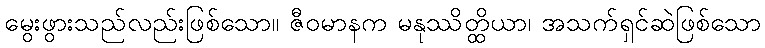
မွေးဖွားသည်လည်းဖြစ်သော။ ဇီဝမာနက မနုဿိတ္ထိယာ၊ အသက်ရှင်ဆဲဖြစ်သော